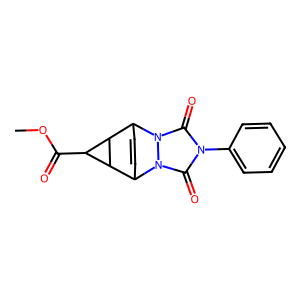
SMILES: COC(=O)C1C2C1C1C=CC2n2c(=O)n(-c3ccccc3)c(=O)n21
Inhibits HIV replication: No